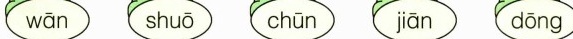
wān chūn wān dōng shuō